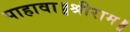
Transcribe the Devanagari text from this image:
पाहावा॥श्रीराम॥